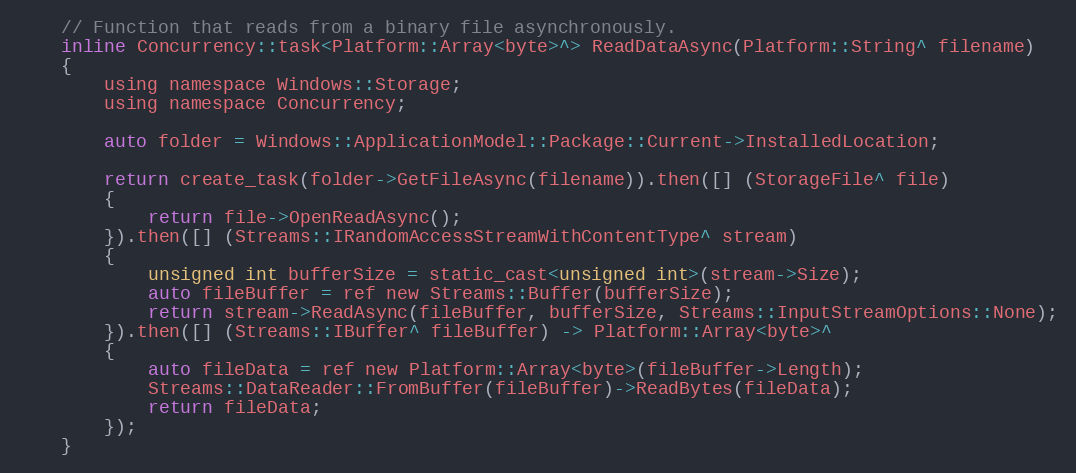
Language: C
    // Function that reads from a binary file asynchronously.
    inline Concurrency::task<Platform::Array<byte>^> ReadDataAsync(Platform::String^ filename)
    {
        using namespace Windows::Storage;
        using namespace Concurrency;

        auto folder = Windows::ApplicationModel::Package::Current->InstalledLocation;

        return create_task(folder->GetFileAsync(filename)).then([] (StorageFile^ file)
        {
            return file->OpenReadAsync();
        }).then([] (Streams::IRandomAccessStreamWithContentType^ stream)
        {
            unsigned int bufferSize = static_cast<unsigned int>(stream->Size);
            auto fileBuffer = ref new Streams::Buffer(bufferSize);
            return stream->ReadAsync(fileBuffer, bufferSize, Streams::InputStreamOptions::None);
        }).then([] (Streams::IBuffer^ fileBuffer) -> Platform::Array<byte>^
        {
            auto fileData = ref new Platform::Array<byte>(fileBuffer->Length);
            Streams::DataReader::FromBuffer(fileBuffer)->ReadBytes(fileData);
            return fileData;
        });
    }